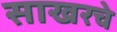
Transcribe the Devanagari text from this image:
साखरचे